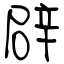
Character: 辟